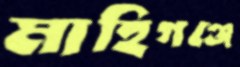
মাহিগঞ্জে